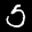
Label: 5